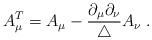
LaTeX: \begin{align*}A_\mu^T = A_\mu - \frac{\partial_\mu \partial_\nu}{\triangle} A_\nu \; .\end{align*}